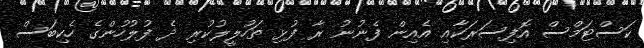
ކަސްޓަމްސް އޮފިސަރަކާއި އެއިން ފެނުނު ރާ ފުޅި ތަހުލީލުކުރި ދެ ފުލުހުންގެ ހެކިބަސް